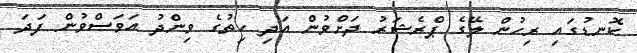
ކޮނޑުގައި ރިހުން ލޭގެ ޕްރެޝަރު ދަށްވުން އަދި ހިތުގެ ވިންދު އަވަސްވުން ފަދަ